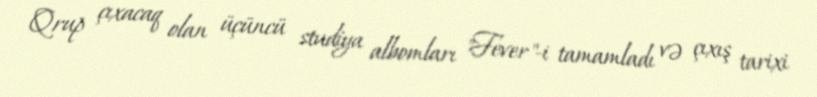
Qrup çıxacaq olan üçüncü studiya albomları "Fever"-i tamamladı və çıxış tarixi